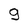
Character: g